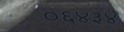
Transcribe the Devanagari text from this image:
०६४३४